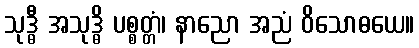
သုဒ္ဓီ အသုဒ္ဓိ ပစ္စတ္တံ၊ နာညော အညံ ဝိသောဓယေ။